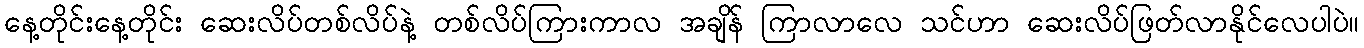
နေ့တိုင်းနေ့တိုင်း ဆေးလိပ်တစ်လိပ်နဲ့ တစ်လိပ်ကြားကာလ အချိန် ကြာလာလေ သင်ဟာ ဆေးလိပ်ဖြတ်လာနိုင်လေပါပဲ။